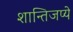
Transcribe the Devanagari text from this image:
शान्तिजप्ये